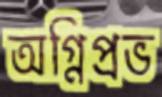
অগ্নিপ্রভ